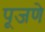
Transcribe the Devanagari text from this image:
पूजणे